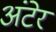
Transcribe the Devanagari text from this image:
अंटेर